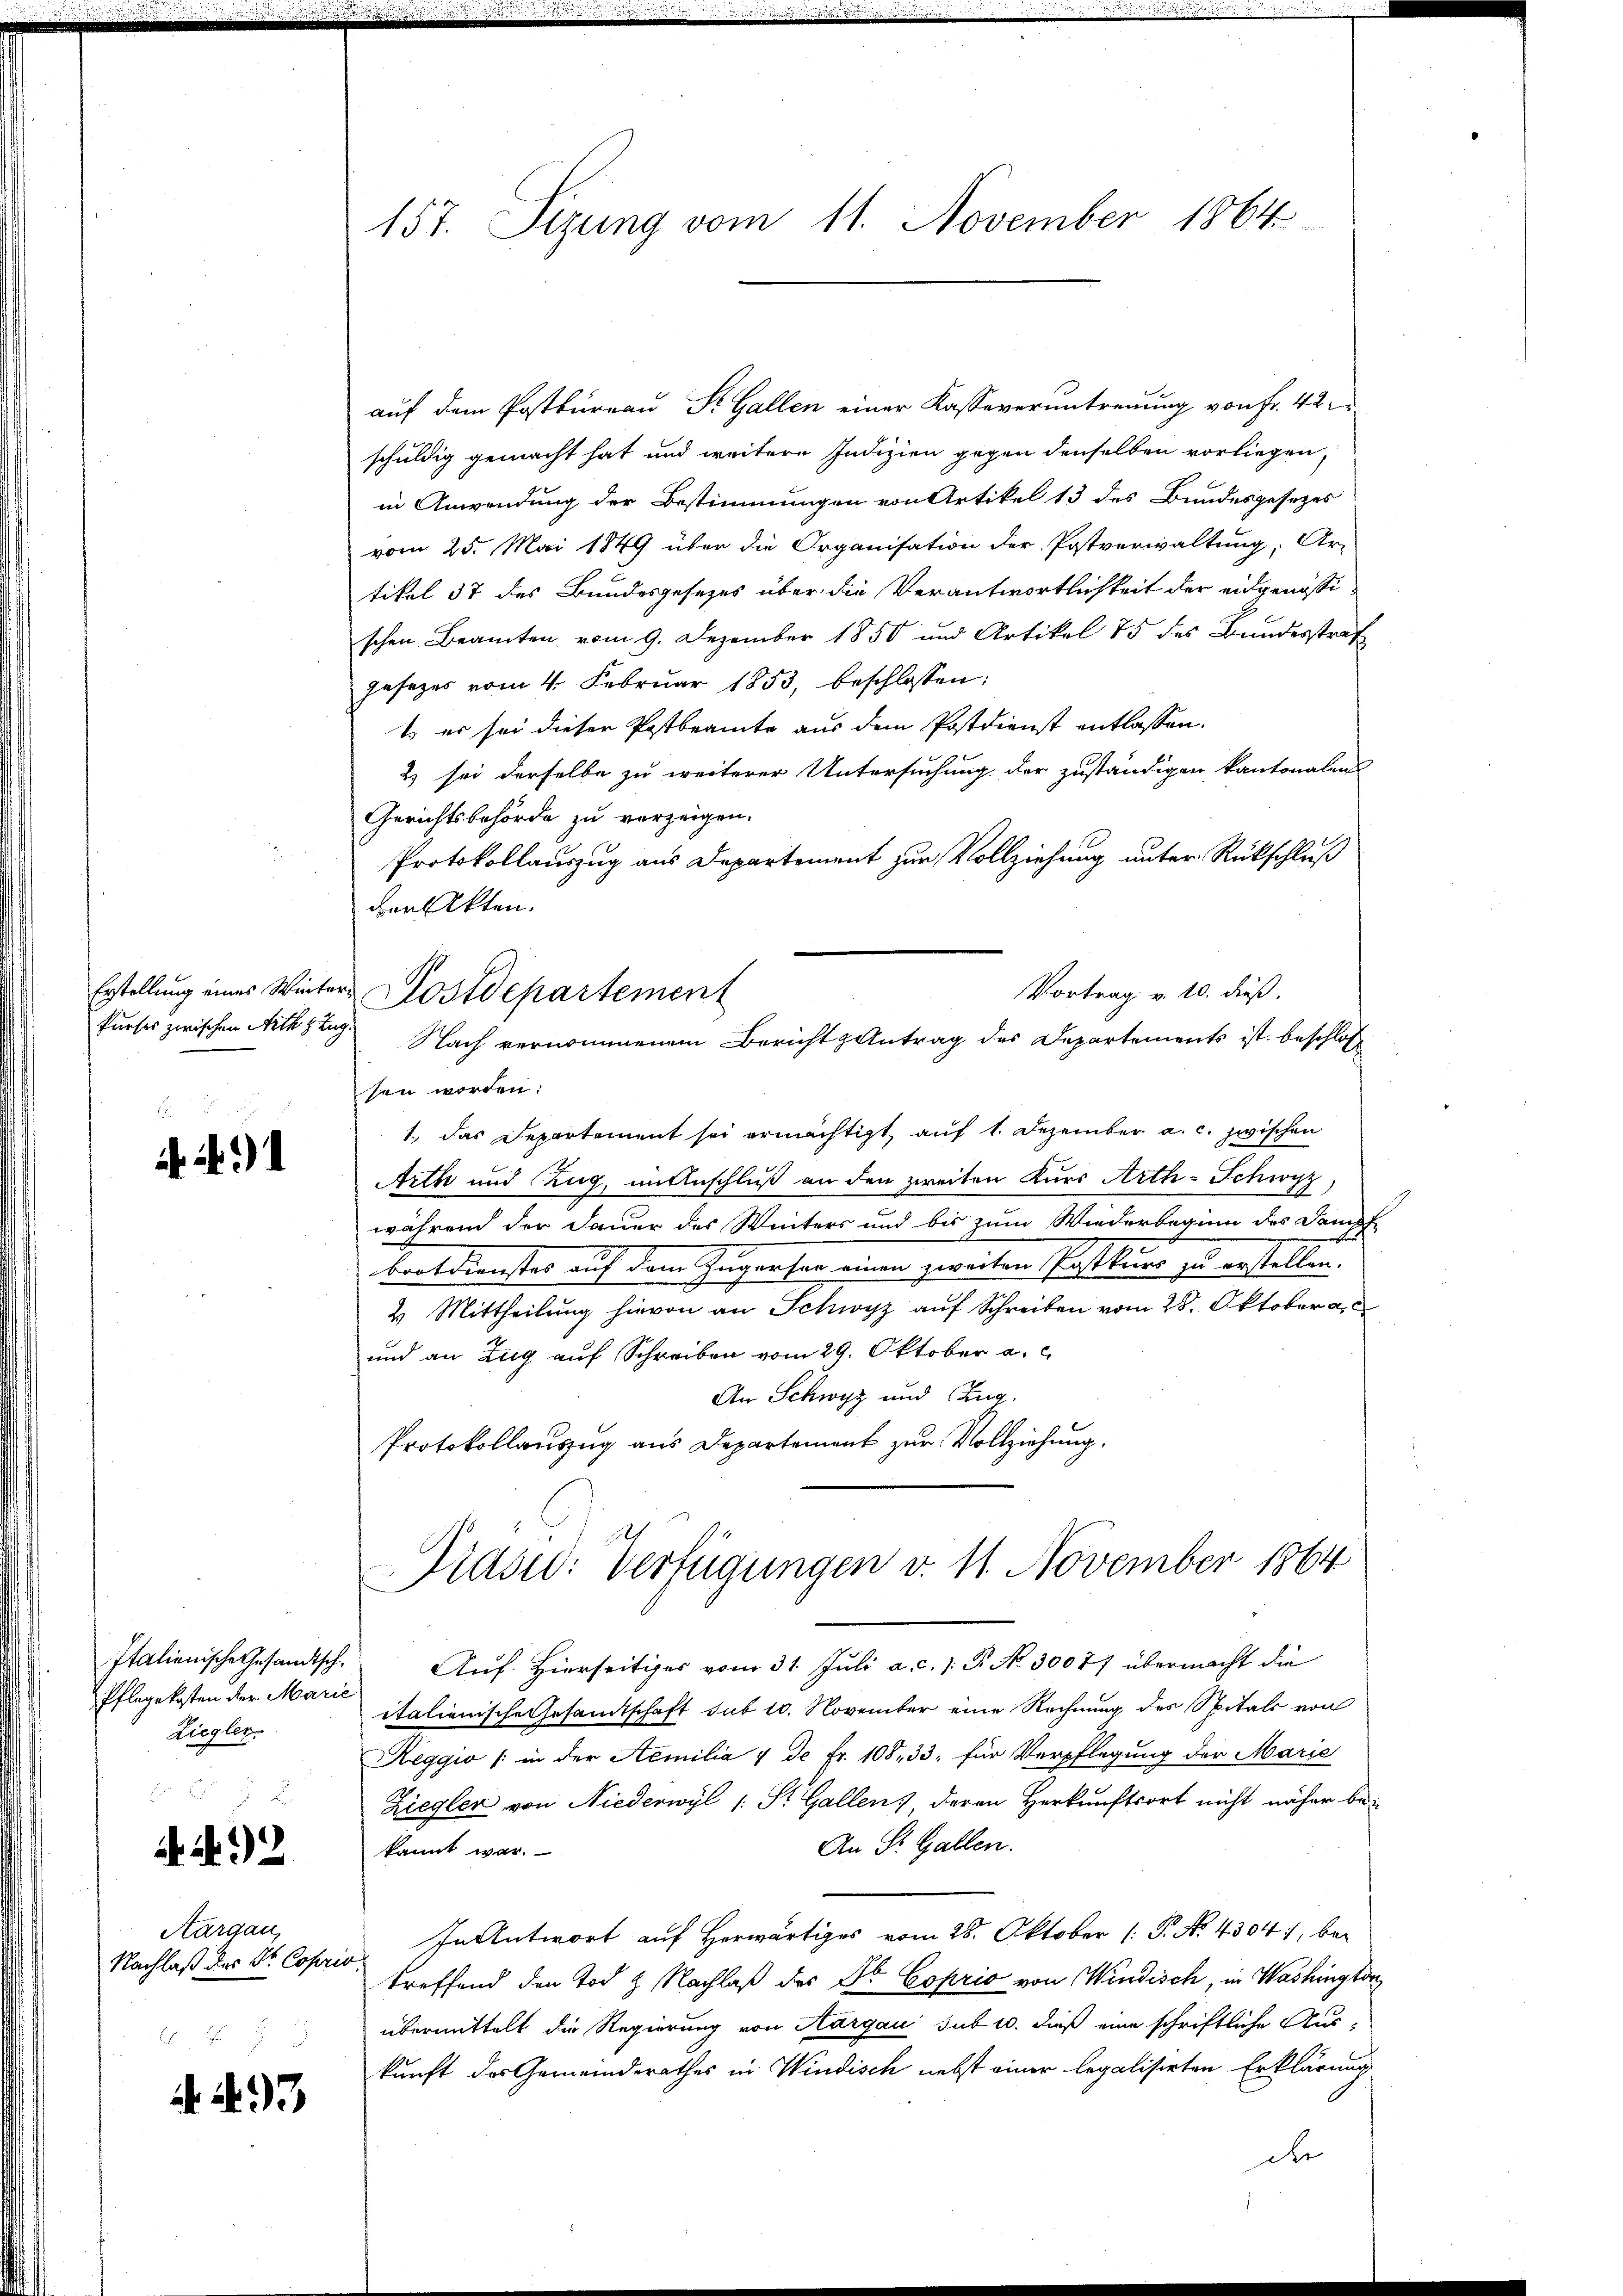
1
 491

Pflegekosten der Marie
Ziegler.

N. 2

Aargau,
N. 8 f

. 2. 3

157. Sizung vom 11. November 1864

auf dem Postbureau St. Gallen einer Kasse veruntreuung von Fr. 42.
schuldig gemacht hat und weitere Indizien gegen denselben vorliegen,
in Anwendung der Bestimmungen von Artikel 13 des Bundesgesezes
vom 25. Mai 1849 über die Organisation der Postverwaltung, Ar-
tikel 37 des Bundesgesezes über die Verantwortlichkeit der eidgenössischen Beamten vom 9. Dezember 1850 und Artikel 75 des Bandesstraf
gesezes vom 4. Februar 1853, beschlossen:
t er sei dieser Postbeamte aus dem Postdienst entlassen.
2) sei derselbe zu weiterer Untersuchung der zuständigen kantonalen
Gerichtsbehörde zu vorzeigen.
Protokollauszug aus Departement zur Vollziehung unter Rückschluß
denkten.
sen worden:
1., das Separtement sei ermächtigt auf 1. Dezember a. c. zwischen
Arth und Zug, mitbeschluß an den zweiten Kurs Arth-Schwyz,
während der Dauer des Winters und bis zum Wiederbeginn des Dampf-
3
braldienster auf dem Zugerter einen zweiten Pastner zu erstellen.
4 Mittheilung hievon an Schwyz auf Schreiben vom 28. Oktober a.
und an Zug auf Schreiben vom 29. Oktober a.
An Schwyz und Zug.
Protokollauszug aus Departement zur Vollziehung,
Piasid: Verfügungen v. 11. November 1864
Italienische Gesandtsch. Auf Hierseitiges vom 31. Juli a.c. s. P. No. 30077 übermacht die
italienische Gesandtschaft sub 10. November eine Rechnung des Spitals von
Reggio (in der Aemilia 4 de Fr. 108, 33, für Verpflegung der Marie
Ziegler von Niederwyl (: St. Gallen, deren Herkunftsort nicht näher be¬
An St. Gallen.
kannt war.
In Antwort auf Herwärtiges vom 28. Oktober (: P. N. 4304, be¬
Nachlaß der Dr. Coperio treffend den Tod & Nachlaß des Dr. Coprio von Windisch, in Washingter
übermittelt die Regierung von Aargau sub 10. dieß eine schriftliche Aus-
kunft des Gemeinderathes in Windisch nebst einer legalisirten Erklärung
die

Vortrag v. 10. dieß.
Erstellung eines Winter-Postdepartement
kurses zwischen Sitzung. Nach vernommenem Bericht Antrag des Departements ist beschlos